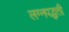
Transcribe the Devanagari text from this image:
लग्नपद्धती